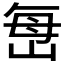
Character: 𫵾